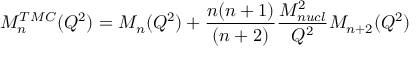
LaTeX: M _ { n } ^ { T M C } ( Q ^ { 2 } ) = M _ { n } ( Q ^ { 2 } ) + \frac { n ( n + 1 ) } { ( n + 2 ) } \frac { M _ { n u c l } ^ { 2 } } { Q ^ { 2 } } M _ { n + 2 } ( Q ^ { 2 } )